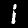
Digit: 1